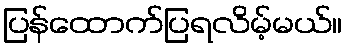
ပြန်ထောက်ပြရလိမ့်မယ်။